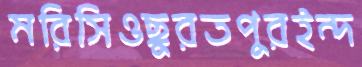
মরিসিওছুরতপুরইন্দ